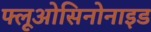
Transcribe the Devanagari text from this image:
फ्लूओसिनोनाइड